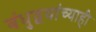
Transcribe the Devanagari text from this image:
बंधुद्वयांच्याही